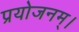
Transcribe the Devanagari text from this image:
प्रयोजनम्।